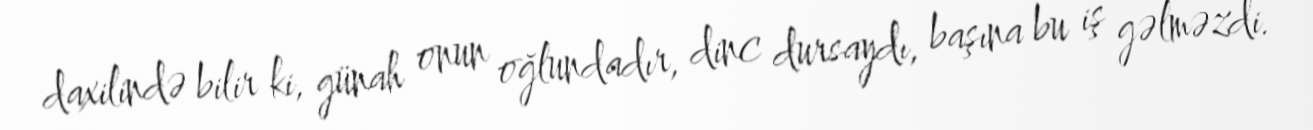
daxilində bilir ki, günah onun oğlundadır, dinc dursaydı, başına bu iş gəlməzdi.